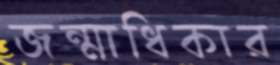
জন্মাধিকার